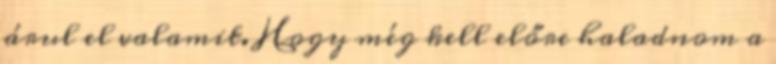
árul el valamit. Hogy még kell előre haladnom a